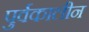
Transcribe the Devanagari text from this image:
पुर्वकालीन